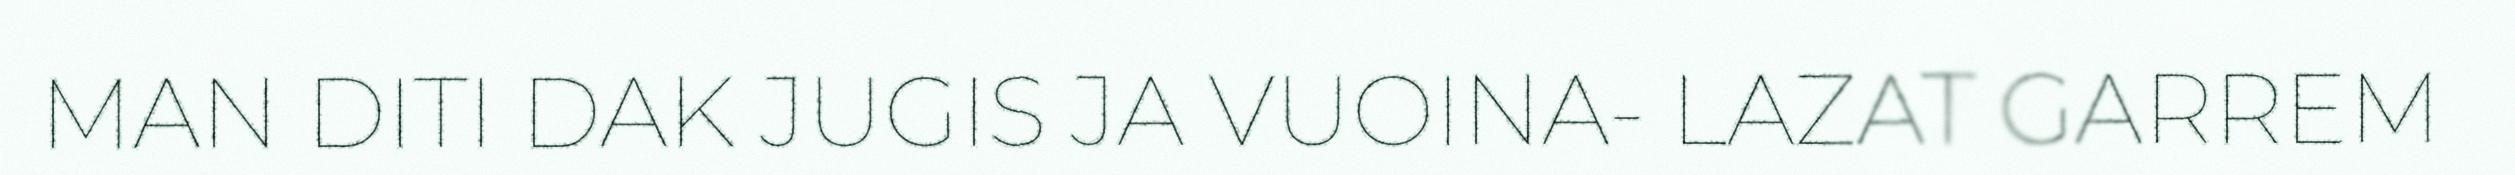
MAN DITI DAK JUGIS JA VUOINA- LAZAT GARREM